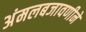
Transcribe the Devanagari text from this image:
अंमलबजावणीने